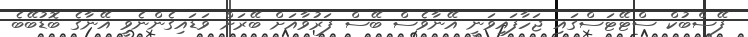
ފޭސްބުކް ސްޓޭޓަސްގައި ޖަހާފައިވަނީ އޭނާވެސް ބޭސް ފަރުވާއަށް ބޭރަށް ވަޑައިގެންނެވީ އޭނާގެ ބޮޑުބޭބެ